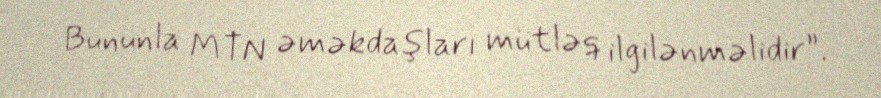
Bununla MTN əməkdaşları mütləq ilgilənməlidir”.